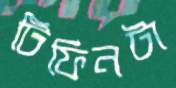
টিফিনটা